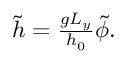
\begin{array} { r } { \tilde { h } = \frac { g L _ { y } } { h _ { 0 } } \tilde { \phi } . } \end{array}